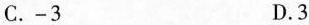
C.-3 D.3